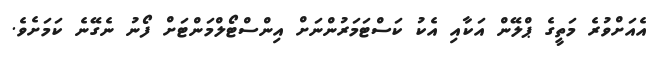
އެއަށްވުރެ މަތީގެ ޕްލޭން އަކާއި އެކު ކަސްޓަމަރުންނަށް އިންސްޓޯލްމަންޓަށް ފޯނު ނެގޭނެ ކަމަށެވެ.